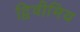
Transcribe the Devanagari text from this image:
द्विवीमिय